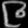
Digit: ၉